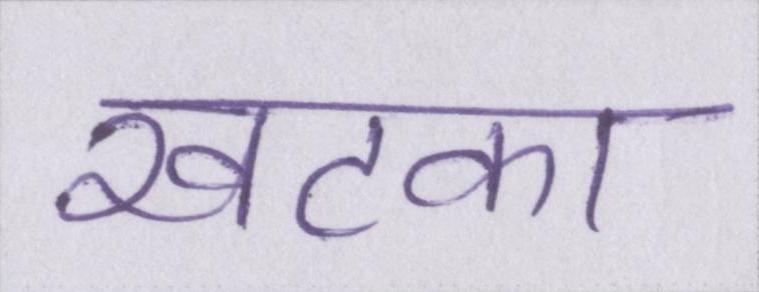
खटका